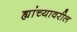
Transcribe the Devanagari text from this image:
ह्यांच्यावरील